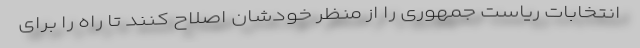
انتخابات ریاست جمهوری را از منظر خودشان اصلاح کنند تا راه را برای